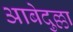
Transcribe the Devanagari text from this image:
आबेदुल्ला